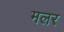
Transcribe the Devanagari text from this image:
मलर